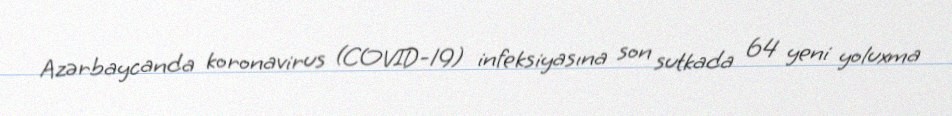
Azərbaycanda koronavirus (COVID-19) infeksiyasına son sutkada 64 yeni yoluxma